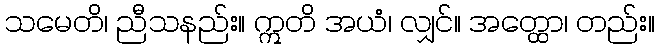
သမေတိ၊ ညီသနည်း။ ဣတိ အယံ၊ လျှင်။ အတ္ထော၊ တည်း။